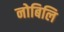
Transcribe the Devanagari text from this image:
नोबिलि